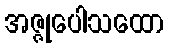
အဇ္ဇုပေါသထော